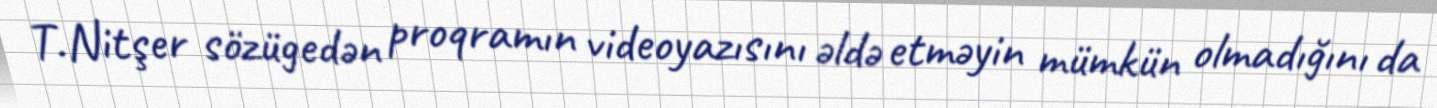
T.Nitşer sözügedən proqramın videoyazısını əldə etməyin mümkün olmadığını da